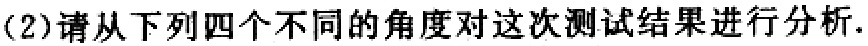
(2)请从下列四个不同的角度对这次测试结果进行分析.